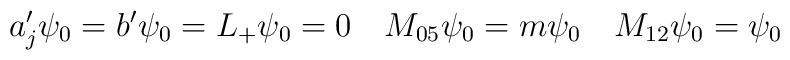
a_j'\psi_0=b'\psi_0=L_+\psi_0=0\quad M_{05}\psi_0=m\psi_0\quad M_{12}\psi_0=\psi_0